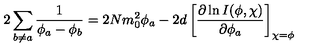
2 \sum _ { b \neq a } \frac { 1 } { \phi _ { a } - \phi _ { b } } = 2 N m _ { 0 } ^ { 2 } \phi _ { a } - 2 d \left[ \frac { \partial \ln I ( \phi , \chi ) } { \partial \phi _ { a } } \right] _ { \chi = \phi }